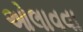
ઓલાવવા